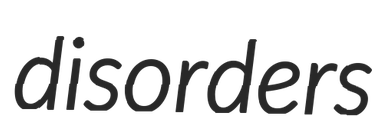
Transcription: disorders